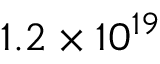
1 . 2 \times 1 0 ^ { 1 9 }